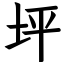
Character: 坪